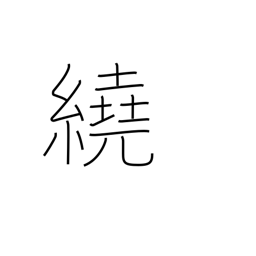
Meaning: surround